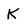
Character: k